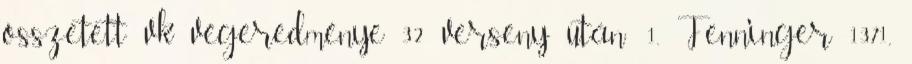
összetett vk végeredménye 32 verseny után: 1. Fenninger 1371,